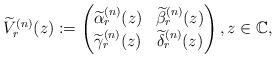
\begin{align*} \widetilde V_r^{(n)}(z):= \begin{pmatrix} \widetilde \alpha_r^{(n)}(z) & \widetilde\beta_r^{(n)}(z)\\ \widetilde\gamma_r^{(n)} (z)& \widetilde\delta_r^{(n)}(z) \end{pmatrix}, z\in {\mathbb C}, \end{align*}